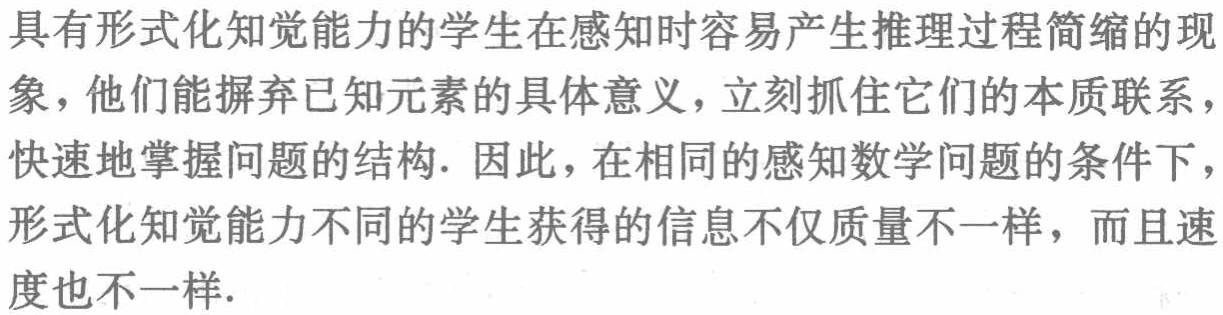
具有形式化知觉能力的学生在感知时容易产生推理过程简缩的现象，他们能摒弃已知元素的具体意义，立刻抓住它们的本质联系，快速地掌握问题的结构. 因此，在相同的感知数学问题的条件下，形式化知觉能力不同的学生获得的信息不仅质量不一样，而且速度也不一样.